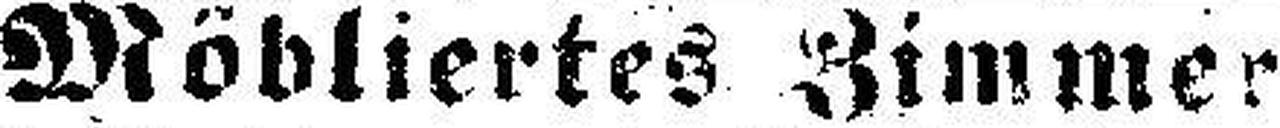
Möbliertes Zimmer